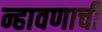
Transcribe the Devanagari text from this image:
न्हावणाची